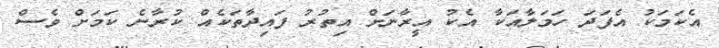
އެކަމަކު އެފަދަ ހަމަލާއަކާ އެކު އީރާނަށް އިތުރު ފައިދާތަކެއް ކުރާނެ ކަމަށް ވެސް